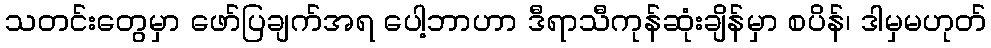
သတင်းတွေမှာ ဖော်ပြချက်အရ ပေါ့ဘာဟာ ဒီရာသီကုန်ဆုံးချိန်မှာ စပိန်၊ ဒါမှမဟုတ်